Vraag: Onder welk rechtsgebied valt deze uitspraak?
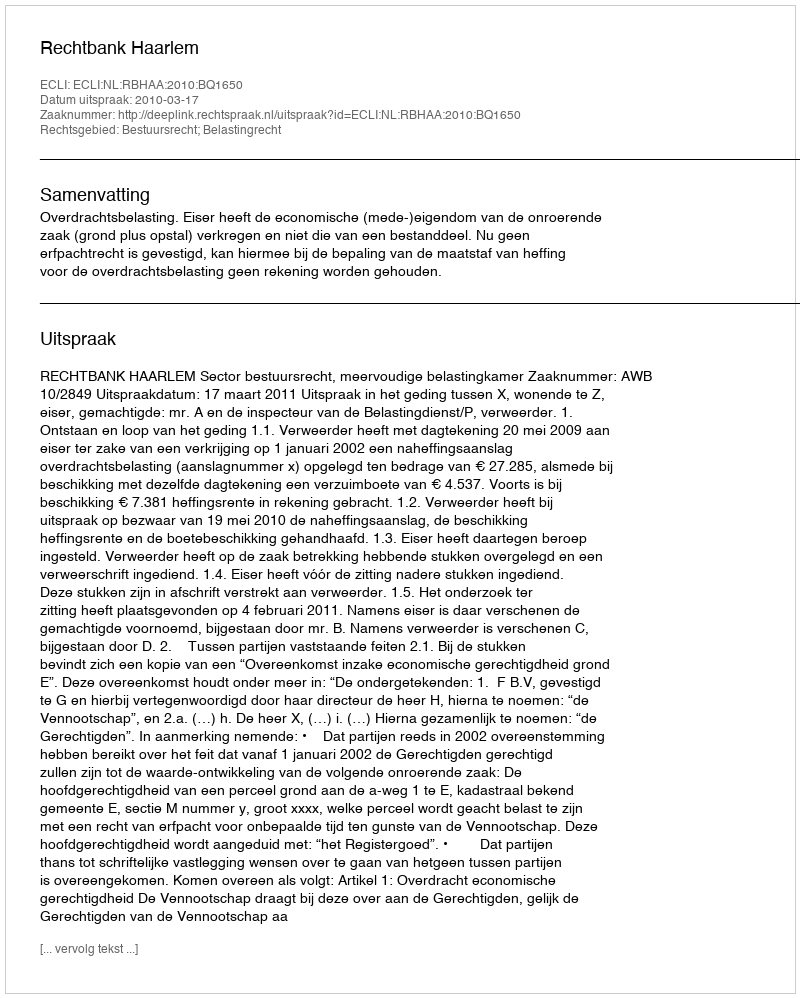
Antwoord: Bestuursrecht; Belastingrecht